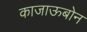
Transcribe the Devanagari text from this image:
काजाऊबोन